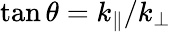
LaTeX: \tan\theta=k_{\parallel}/k_{\perp}